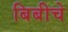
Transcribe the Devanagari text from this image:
बिबीचे